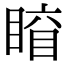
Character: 𥈛